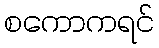
စကောကရင်